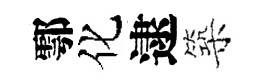
鄠化逮築